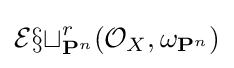
{\mathcal {Ext}}_{\mathbf {P} ^{n}}^{r}({\mathcal {O}}_{X},\omega _{\mathbf {P} ^{n}})